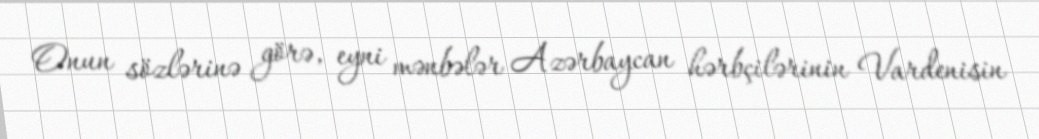
Onun sözlərinə görə, eyni mənbələr Azərbaycan hərbçilərinin Vardenisin